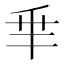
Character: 𠂯